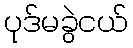
ပုဒ်မခွဲငယ်